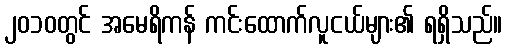
၂၀၁၀တွင် အမေရိကန် ကင်းထောက်လူငယ်များ၏ ရရှိသည်။